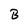
Character: B